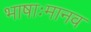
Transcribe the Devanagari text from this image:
भाषाःमानव